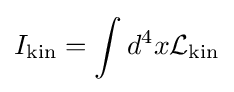
I_{\text{kin}}=\int d^{4}x{\mathcal {L}}_{\text{kin}}